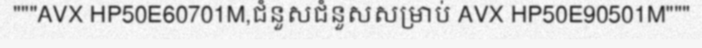
"""AVX HP50E60701M,ជំនួសជំនួសសម្រាប់ AVX HP50E90501M"""